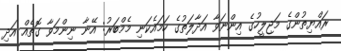
ރައްޔިތުންގެ މަޖިލީހުގެ އިންނަވާ އަދާލަތުގެ ހަމައެކަނި މެމްބަރު: އޭނާ ނިންމަވާ ގޮތެއް އަދި